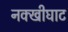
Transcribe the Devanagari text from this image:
नक्खीघाट